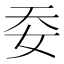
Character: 𡛌